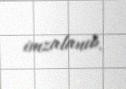
imzalanıb.